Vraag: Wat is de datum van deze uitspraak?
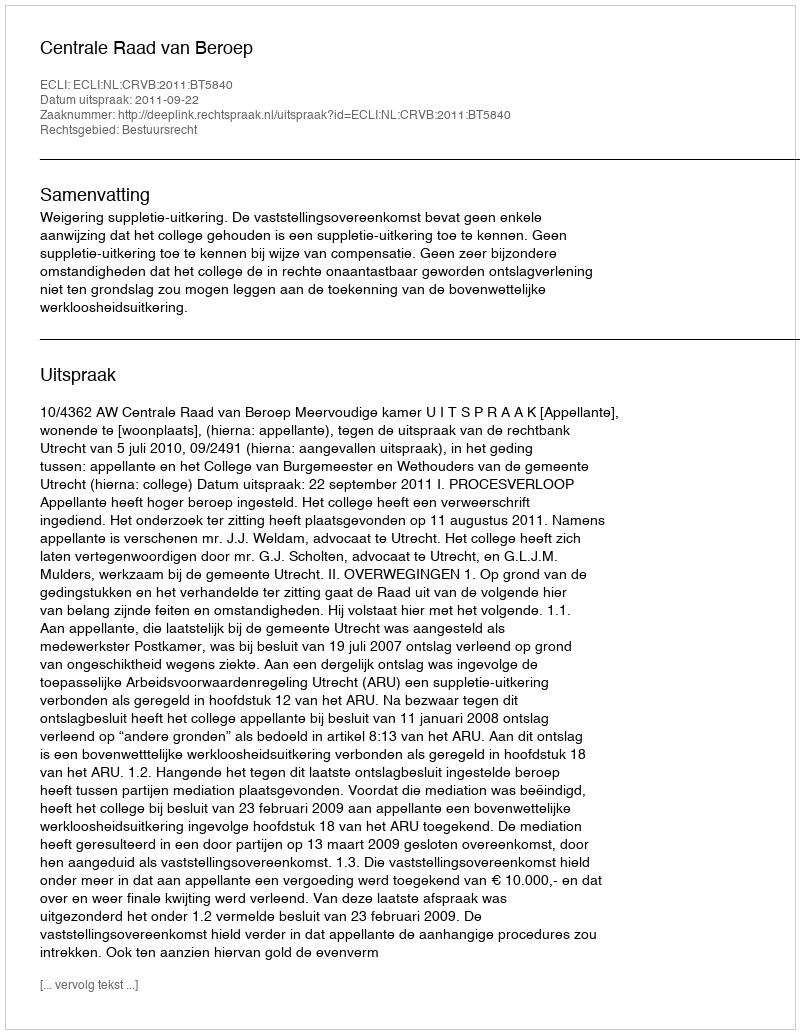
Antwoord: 2011-09-22